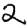
Digit: 2